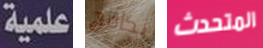
علمية نكافح المتحدث